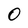
Character: O